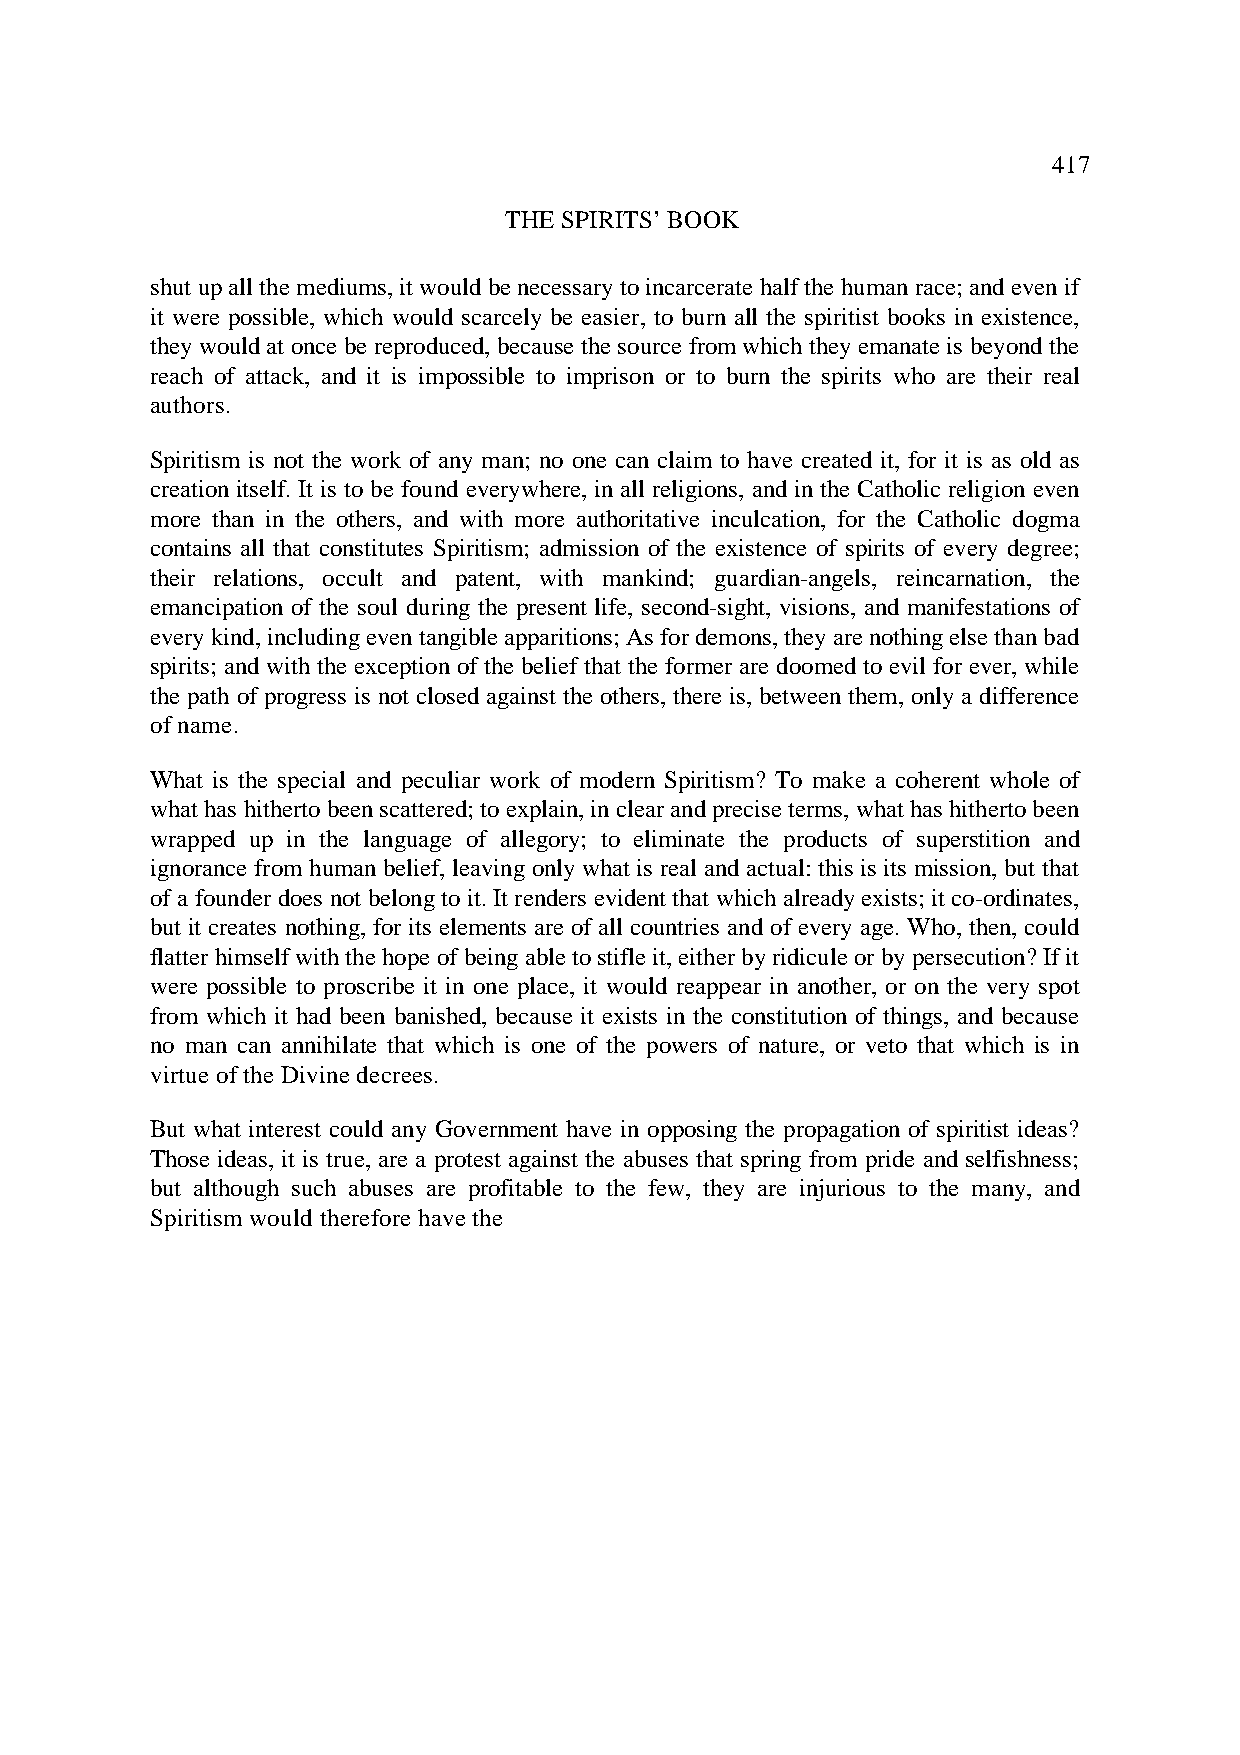
417
 THE SPIRITS’ BOOK
 shut up all the mediums, it would be necessary to incarcerate half the human race; and even if
 it were possible, which would scarcely be easier, to burn all the spiritist books in existence,
 they would at once be reproduced, because the source from which they emanate is beyond the
 reach of attack, and it is impossible to imprison or to burn the spirits who are their real
 authors.
 Spiritism is not the work of any man; no one can claim to have created it, for it is as old as
 creation itself. It is to be found everywhere, in all religions, and in the Catholic religion even
 more than in the others, and with more authoritative inculcation, for the Catholic dogma
 contains all that constitutes Spiritism; admission of the existence of spirits of every degree;
 their relations, occult and patent, with mankind; guardian-angels, reincarnation, the
 emancipation of the soul during the present life, second-sight, visions, and manifestations of
 every kind, including even tangible apparitions; As for demons, they are nothing else than bad
 spirits; and with the exception of the belief that the former are doomed to evil for ever, while
 the path of progress is not closed against the others, there is, between them, only a difference
 of name.
 What is the special and peculiar work of modern Spiritism? To make a coherent whole of
 what has hitherto been scattered; to explain, in clear and precise terms, what has hitherto been
 wrapped up in the language of allegory; to eliminate the products of superstition and
 ignorance from human belief, leaving only what is real and actual: this is its mission, but that
 of a founder does not belong to it. It renders evident that which already exists; it co-ordinates,
 but it creates nothing, for its elements are of all countries and of every age. Who, then, could
 flatter himself with the hope of being able to stifle it, either by ridicule or by persecution? If it
 were possible to proscribe it in one place, it would reappear in another, or on the very spot
 from which it had been banished, because it exists in the constitution of things, and because
 no man can annihilate that which is one of the powers of nature, or veto that which is in
 virtue of the Divine decrees.
 But what interest could any Government have in opposing the propagation of spiritist ideas?
 Those ideas, it is true, are a protest against the abuses that spring from pride and selfishness;
 but although such abuses are profitable to the few, they are injurious to the many, and
 Spiritism would therefore have the